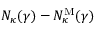
N _ { \kappa } ( \gamma ) - N _ { \kappa } ^ { \mathrm { M } } ( \gamma )